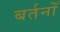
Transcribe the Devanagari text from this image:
बर्तनोँ